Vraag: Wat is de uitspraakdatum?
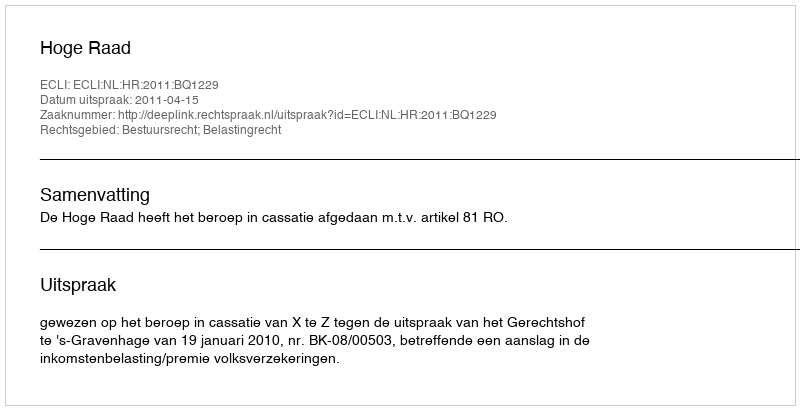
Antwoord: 2011-04-15